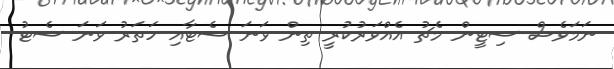
ނަމަވެސް ސިޓީން މެޗު އެއްވަރުކުރީ ތިން ވަނަ ސެޓާއި ހަތަރު ވަނަ ސެޓު